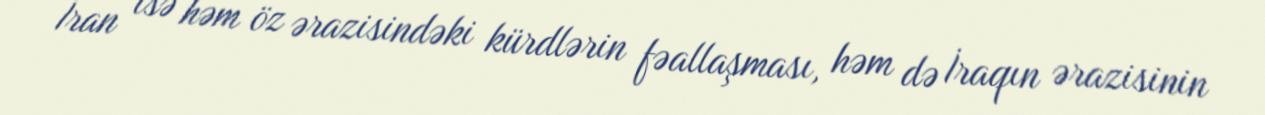
İran isə həm öz ərazisindəki kürdlərin fəallaşması, həm də İraqın ərazisinin